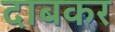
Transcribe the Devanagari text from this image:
दाबकर